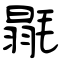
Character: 毾